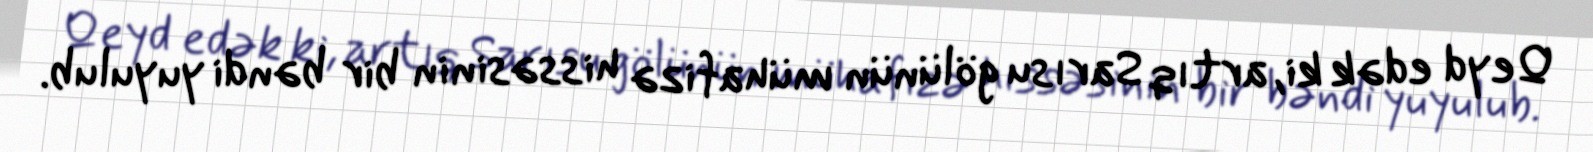
Qeyd edək ki, artıq Sarısu gölünün mühafizə hissəsinin bir bəndi yuyulub.